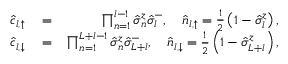
\begin{array} { r l r } { \hat { c } _ { l , \uparrow } } & { { } = } & { \prod _ { n = 1 } ^ { l - 1 } \hat { \sigma } _ { n } ^ { z } \hat { \sigma } _ { l } ^ { - } , \quad \hat { n } _ { l , \uparrow } = \frac { 1 } { 2 } \left( 1 - \hat { \sigma } _ { l } ^ { z } \right) , } \\ { \hat { c } _ { l , \downarrow } } & { { } = } & { \prod _ { n = 1 } ^ { L + l - 1 } \hat { \sigma } _ { n } ^ { z } \hat { \sigma } _ { L + l } ^ { - } , \quad \hat { n } _ { l , \downarrow } = \frac { 1 } { 2 } \left( 1 - \hat { \sigma } _ { L + l } ^ { z } \right) , } \end{array}